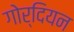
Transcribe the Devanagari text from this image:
गोर्दियन